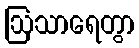
ဩသာရေတွာ